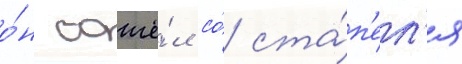
о́н сошё́л со́ ста́п'ел'я